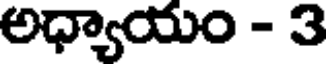
అధ్యాయం - 3